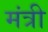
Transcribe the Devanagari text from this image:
मंत्री